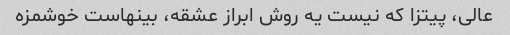
عالی، پیتزا که نیست یه روش ابراز عشقه، بینهاست خوشمزه